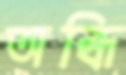
অব্ধি